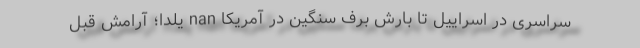
سراسری در اسراییل تا بارش برف سنگین در آمریکا nan یلدا؛ آرامشِ قبل